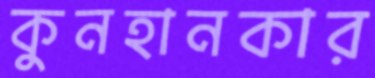
কুনহানকার